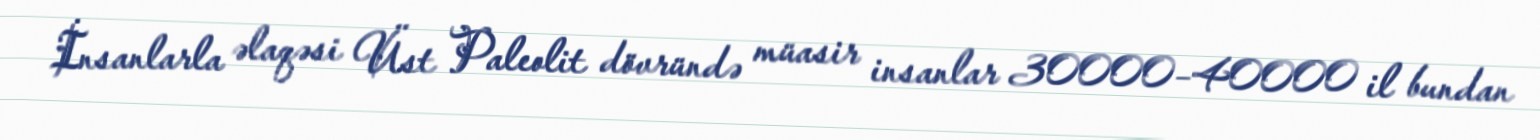
İnsanlarla əlaqəsi Üst Paleolit dövründə müasir insanlar 30000–40000 il bundan